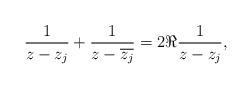
LaTeX: \begin{align*}\frac{1}{z-z_j} + \frac{1}{z-\overline{z_j}} = 2 \Re \frac{1}{z-z_j} ,\end{align*}